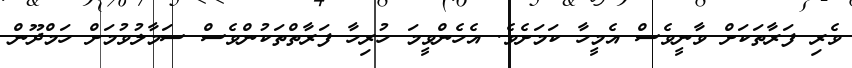
ވެރި ފަރާތަކަށް ވާނީވެސް އެމީހާ ކަމަށެވެ. އެހެންވީމަ ހުރިހާ ފަރާތްތަކުންވެސް ސަމާލުވުމަށް ހަމްދޫން